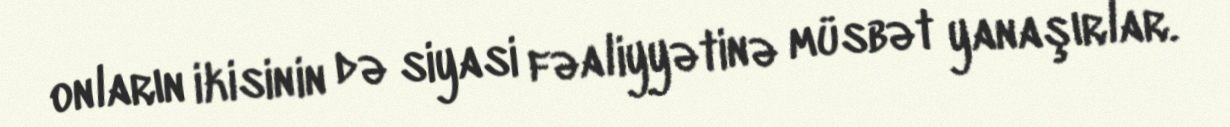
onların ikisinin də siyasi fəaliyyətinə müsbət yanaşırlar.